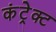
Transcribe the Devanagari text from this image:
कंट्रेक्ट